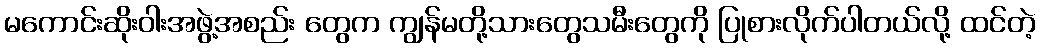
မကောင်းဆိုးဝါးအဖွဲ့အစည်း တွေက ကျွန်မတို့သားတွေသမီးတွေကို ပြုစားလိုက်ပါတယ်လို့ ထင်တဲ့